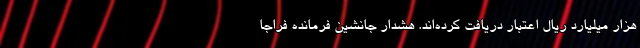
هزار میلیارد ریال اعتبار دریافت کرده‌اند. هشدار جانشین فرمانده فراجا